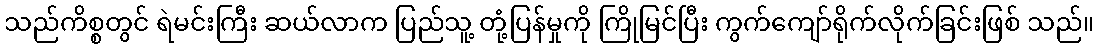
သည်ကိစ္စတွင် ရဲမင်းကြီး ဆယ်လာက ပြည်သူ့ တုံ့ပြန်မှုကို ကြိုမြင်ပြီး ကွက်ကျော်ရိုက်လိုက်ခြင်းဖြစ် သည်။